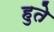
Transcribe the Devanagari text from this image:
हुते